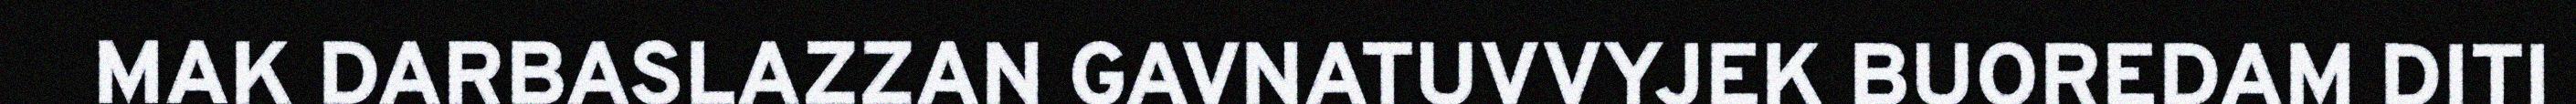
MAK DARBASLAZZAN GAVNATUVVYJEK BUOREDAM DITI